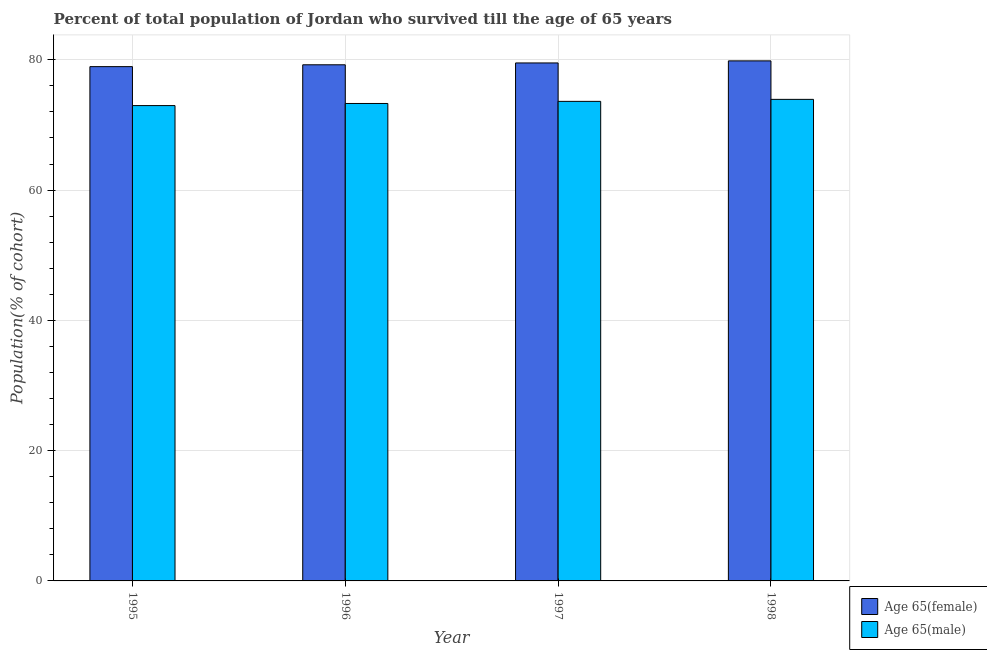
| Year | Age 65(female) | Age 65(male) |
 | --- | --- | --- |
 | 1995 | 79 | 73 |
 | 1996 | 79.2 | 73.3 |
 | 1997 | 79.5 | 73.6 |
 | 1998 | 79.8 | 73.9 |